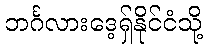
ဘင်္ဂလားဒေ့ရှ်နိုင်ငံသို့